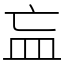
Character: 𥁃